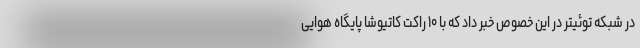
در شبکه توئیتر در این خصوص خبر داد که با ۱۰ راکت کاتیوشا پایگاه هوایی